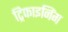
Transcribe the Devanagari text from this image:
ट्रिफाइनिंग